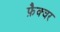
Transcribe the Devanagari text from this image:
फ़ैक्चर